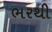
ભરથી